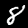
Label: 8